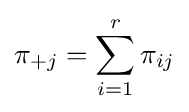
\pi _{+j}=\sum _{i=1}^{r}\pi _{ij}